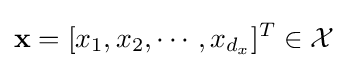
\mathbf {x} =[x_{1},x_{2},\cdots ,x_{d_{x}}]^{T}\in {\mathcal {X}}